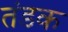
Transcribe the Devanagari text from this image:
तंडक